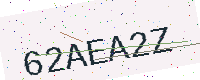
Text: 62AEA2Z